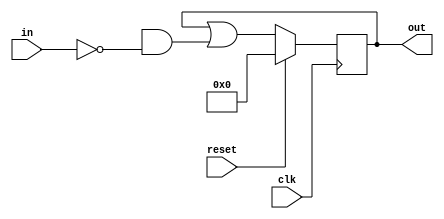
module top_module (
    input clk,
    input reset,
    input [31:0] in,
    output [31:0] out
);
  
  reg [31:0] in_final;	
  
  always @(posedge clk) begin
      in_last <= in;
      if(reset) 
        out <= 0;
      else begin
        out <= out | (in_final & ~in);
      end
  end

endmodule